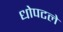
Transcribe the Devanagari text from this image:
धोपटले